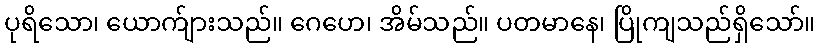
ပုရိသော၊ ယောက်ျားသည်။ ဂေဟေ၊ အိမ်သည်။ ပတမာနေ၊ ပြိုကျသည်ရှိသော်။